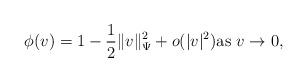
LaTeX: \begin{align*} \phi(v) = 1 - \frac{1}{2} \| v \|_{\Psi}^2 + o(|v|^2) {\rm as}\ v \to 0,\end{align*}